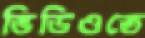
ভিডিওতে